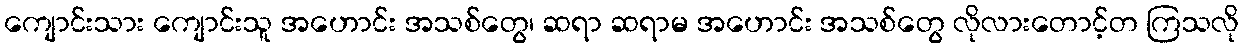
ကျောင်းသား ကျောင်းသူ အဟောင်း အသစ်တွေ၊ ဆရာ ဆရာမ အဟောင်း အသစ်တွေ လိုလားတောင့်တ ကြသလို